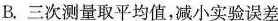
B. 三次测量取平均值，减小实验误差